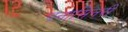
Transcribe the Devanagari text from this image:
पनासिनरी